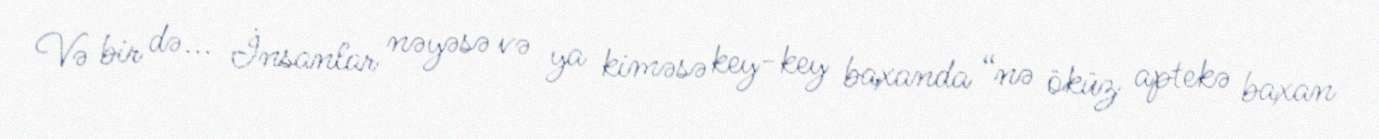
Və bir də... İnsanlar nəyəsə və ya kiməsə key-key baxanda “nə öküz aptekə baxan